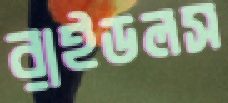
রাইডলস